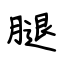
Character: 腿